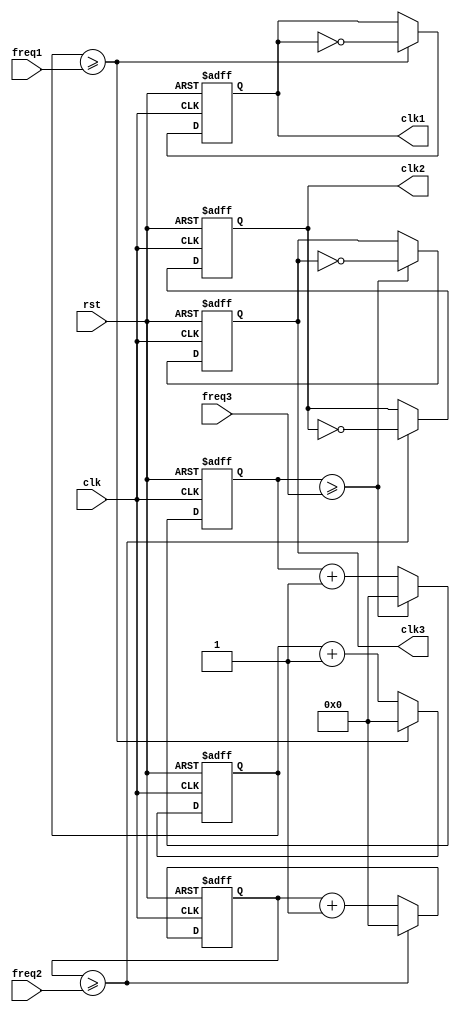
module Multirate_Timer (
    input wire rst,
    input wire clk,
    input wire [7:0] freq1,
    input wire [7:0] freq2,
    input wire [7:0] freq3,
    output reg clk1,
    output reg clk2,
    output reg clk3
);

reg [7:0] count1 = 8'h00;
reg [7:0] count2 = 8'h00;
reg [7:0] count3 = 8'h00;

always @(posedge clk or posedge rst) begin
    if (rst) begin
        count1 <= 8'h00;
        count2 <= 8'h00;
        count3 <= 8'h00;
        clk1 <= 1'b0;
        clk2 <= 1'b0;
        clk3 <= 1'b0;
    end else begin
        count1 <= count1 + 1;
        count2 <= count2 + 1;
        count3 <= count3 + 1;
        
        if (count1 >= freq1) begin
            clk1 <= ~clk1;
            count1 <= 8'h00;
        end
        
        if (count2 >= freq2) begin
            clk2 <= ~clk2;
            count2 <= 8'h00;
        end
        
        if (count3 >= freq3) begin
            clk3 <= ~clk3;
            count3 <= 8'h00;
        end
    end
end

endmodule